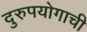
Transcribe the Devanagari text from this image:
दुरुपयोगाची